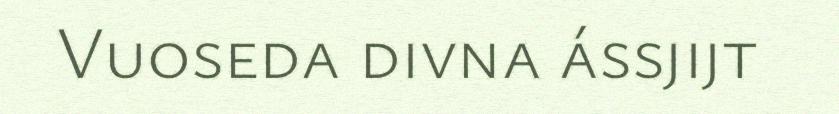
Vuoseda divna ássjijt